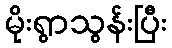
မိုးရွာသွန်းပြီး